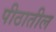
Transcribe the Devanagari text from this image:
पीठातील